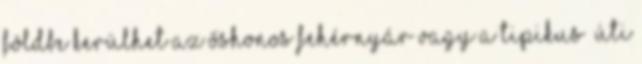
földbe kerülhet az őshonos fehérnyár vagy a tipikus „úti